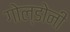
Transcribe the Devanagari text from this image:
गोल्डोनी